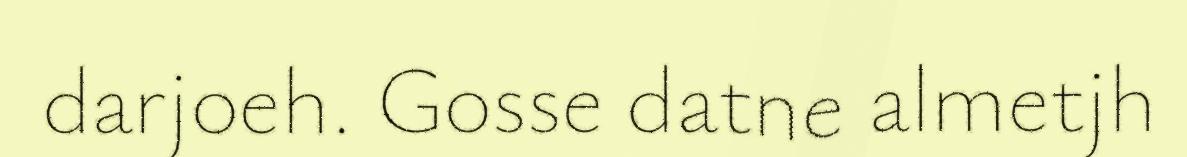
darjoeh. Gosse datne almetjh